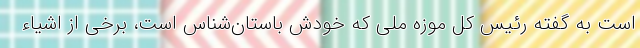
است به گفته رئیس کل موزه ملی که خودش باستان‌شناس است، برخی از اشیاء